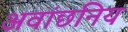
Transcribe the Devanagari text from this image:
अवांछनिय